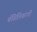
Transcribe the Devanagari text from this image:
बॅसिलिकाची